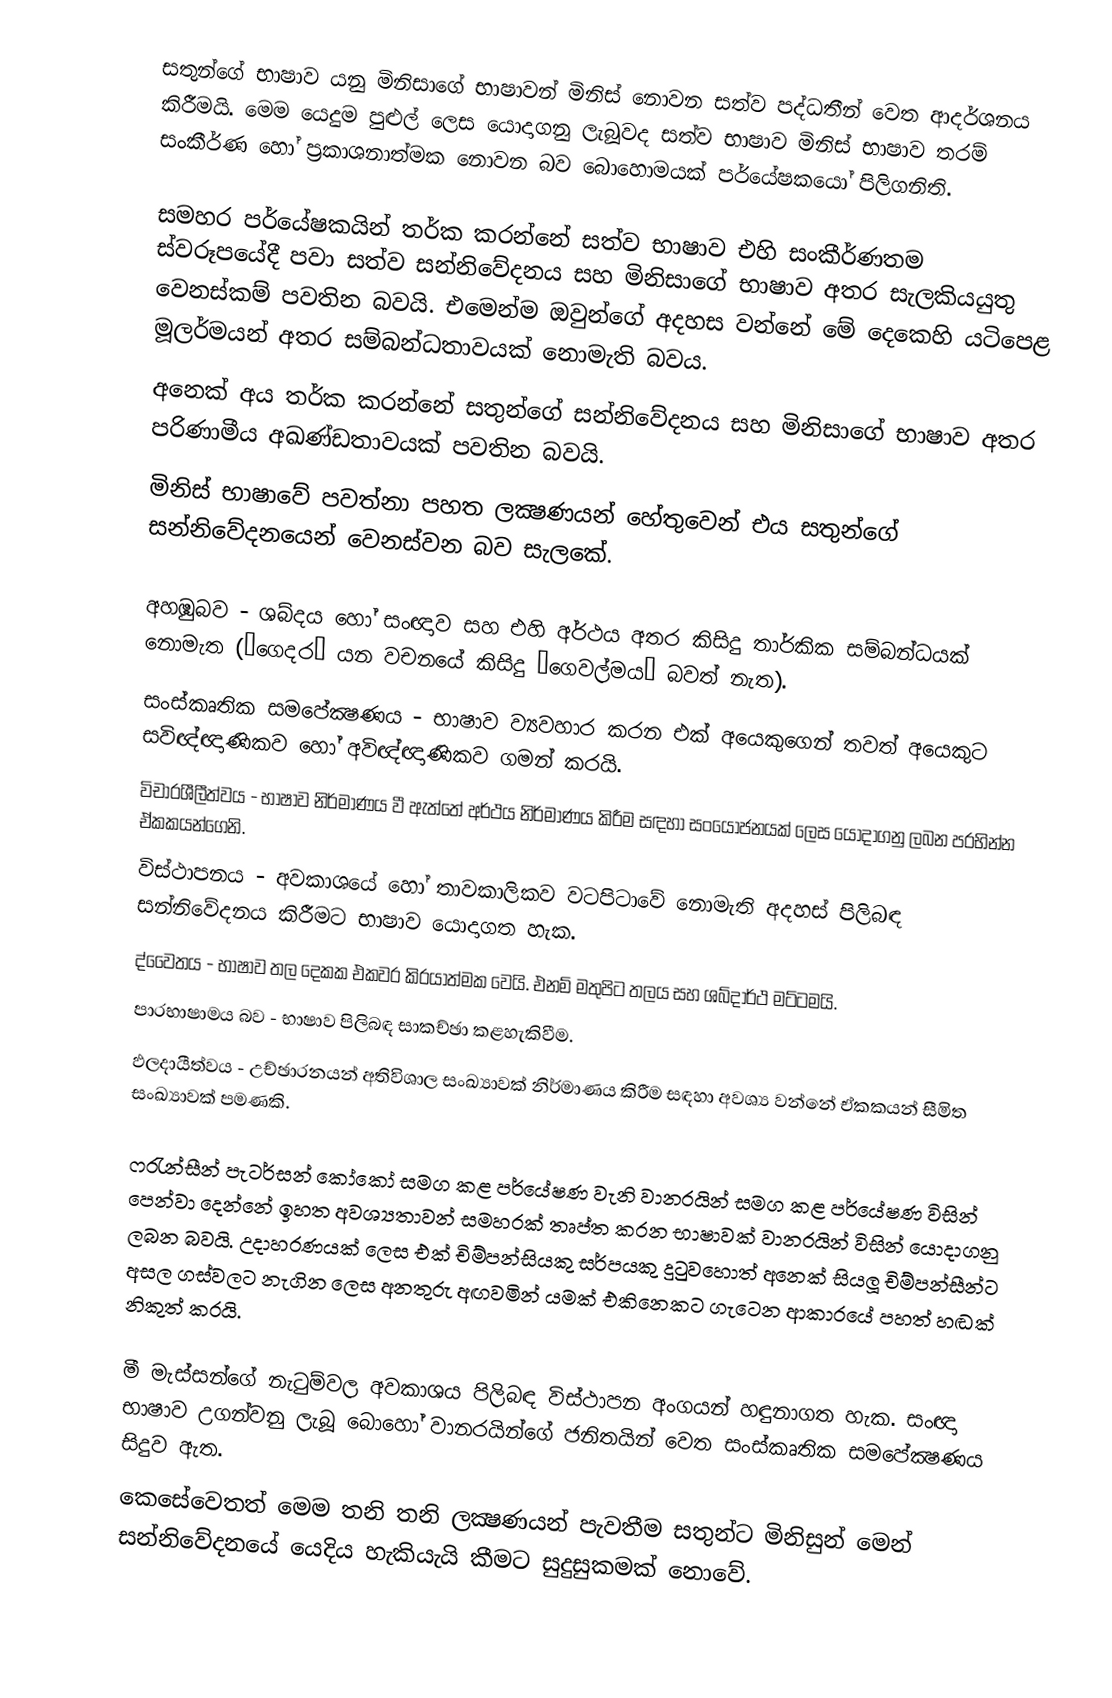
සතුන්ගේ භාෂාව යනු මිනිසාගේ භාෂාවන් මිනිස් නොවන සත්ව පද්ධතීන් වෙත ආදර්ශනය කිරීමයි. මෙම යෙදුම පුළුල් ලෙස යොදාගනු ලැබූවද සත්ව භාෂාව මිනිස් භාෂාව තරම් සංකීර්ණ හෝ ප‍්‍රකාශනාත්මක නොවන බව බොහොමයක් පර්යේෂකයෝ පිලිගනිති.

සමහර පර්යේෂකයින් තර්ක කරන්නේ සත්ව භාෂාව එහි සංකීර්ණතම ස්වරූපයේදී පවා සත්ව සන්නිවේදනය සහ මිනිසාගේ භාෂාව අතර සැලකියයුතු වෙනස්කම් පවතින බවයි. එමෙන්ම ඔවුන්ගේ අදහස වන්නේ මේ දෙකෙහි යටිපෙළ මූලර්මයන් අතර සම්බන්ධතාවයක් නොමැති බවය.
අනෙක් අය තර්ක කරන්නේ සතුන්ගේ සන්නිවේදනය සහ මිනිසාගේ භාෂාව අතර පරිණාමීය අඛණ්ඩතාවයක් පවතින බවයි.
මිනිස් භාෂාවේ පවත්නා පහත ලක්‍ෂණයන් හේතුවෙන් එය සතුන්ගේ සන්නිවේදනයෙන් වෙනස්වන බව සැලකේ.

අහඹුබව - ශබ්දය හෝ සංඥාව සහ එහි අර්ථය අතර කිසිදු තාර්කික සම්බන්ධයක් නොමැත (‘ගෙදර’ යන වචනයේ කිසිදු ‘ගෙවල්මය’ බවත් නැත).
සංස්කෘතික සමපේක්‍ෂණය - භාෂාව ව්‍යවහාර කරන එක් අයෙකුගෙන් තවත් අයෙකුට සවිඥ්ඥාණිකව හෝ අවිඥ්ඥාණිකව ගමන් කරයි.
විචාරශීලීත්වය - භාෂාව නිර්මාණය වී ඇත්තේ අර්ථය නිර්මාණය කිරීම සඳහා සංයෝජනයක් ලෙස යොදාගනු ලබන ප‍්‍රභින්න ඒකකයන්ගෙනි.
විස්ථාපනය -  අවකාශයේ හෝ තාවකාලිකව වටපිටාවේ නොමැති අදහස් පිලිබඳ සන්නිවේදනය කිරීමට භාෂාව යොදාගත හැක.
ද්වෛතය -  භාෂාව තල දෙකක එකවර කි‍්‍රයාත්මක වෙයි. එනම් මතුපිට තලය සහ ශබ්දාර්ථ මට්ටමයි.
පාරභාෂාමය බව - භාෂාව පිලිබඳ සාකච්ඡා කළහැකිවීම.
ඵලදායීත්වය -  උච්ඡාරනයන් අතිවිශාල සංඛ්‍යාවක් නිර්මාණය කිරීම සඳහා අවශ්‍ය වන්නේ ඒකකයන් සීමිත සංඛ්‍යාවක් පමණකි.

ෆ‍්‍රැන්සීන් පැටර්සන් කෝකෝ සමග කළ පර්යේෂණ වැනි වානරයින් සමග කළ පර්යේෂණ විසින් පෙන්වා දෙන්නේ ඉහත අවශ්‍යතාවන් සමහරක් තෘප්ත කරන භාෂාවක් වානරයින් විසින් යොදාගනු ලබන බවයි. උදාහරණයක් ලෙස එක් චිම්පන්සියකු සර්පයකු දුටුවහොත් අනෙක් සියලූ චිම්පන්සීන්ට අසල ගස්වලට නැගින ලෙස අනතුරු අඟවමින් යමක් එකිනෙකට ගැටෙන ආකාරයේ පහත් හඬක් නිකුත් කරයි.

මී මැස්සන්ගේ නැටුම්වල අවකාශය පිලිබඳ විස්ථාපන අංගයන් හඳුනාගත හැක. සංඥා භාෂාව උගන්වනු ලැබූ බොහෝ වානරයින්ගේ ජනිතයින් වෙත සංස්කෘතික සමපේක්‍ෂණය සිදුව ඇත.
කෙසේවෙතත් මෙම තනි තනි ලක්‍ෂණයන් පැවතීම සතුන්ට මිනිසුන් මෙන් සන්නිවේදනයේ යෙදිය හැකියැයි කීමට සුදුසුකමක් නොවේ.